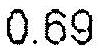
0.69